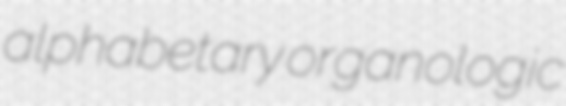
alphabetary organologic